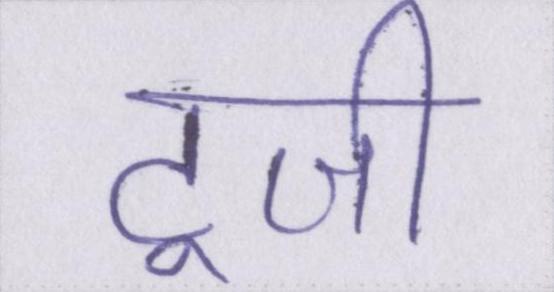
टूजी